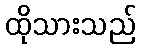
ထိုသားသည်